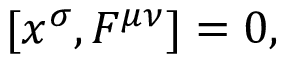
[ x ^ { \sigma } , F ^ { \mu \nu } ] = 0 ,